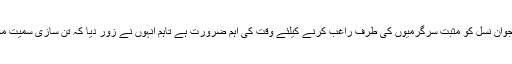
اس موقع پر بات چیت کرتے ہوئے ڈسٹرکٹ سپورٹس آفیسر ندیم بٹ نے کہا کہ کھیلوں کا فروغ نوجوان نسل کو مثبت سرگرمیوں کی طرف راغب کرنے کیلئے وقت کی اہم ضرورت ہے تاہم انہوں نے زور دیا کہ تن سازی سمیت مختلف کھیلوں سے وابستہ نوجوان کسی بھی قسم کی نقصان دہ ادویات کے استعمال سے گریز کریں ۔